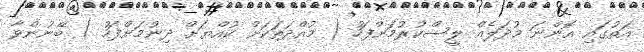
އަތުގައި އޮންނަ މުދަލެއް ލީސްކުރުމަށްފަހު ( މުއްދަތަކަށް ކުއްޔަށް ދިނުމަށްފަހު ) ބޭނުންވާ